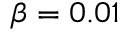
\beta = 0 . 0 1